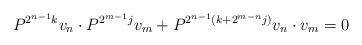
LaTeX: \begin{align*}P^{2^{n-1}k}v_n\cdot P^{2^{m-1}j}v_m + P^{2^{n-1}(k+2^{m-n}j)}v_n\cdot v_m =0\end{align*}